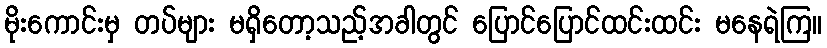
မိုးကောင်းမှ တပ်များ မရှိတော့သည့်အခါတွင် ပြောင်ပြောင်ထင်းထင်း မနေရဲကြ။